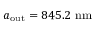
a _ { \mathrm { o u t } } = 8 4 5 . 2 \ \mathrm { n m }